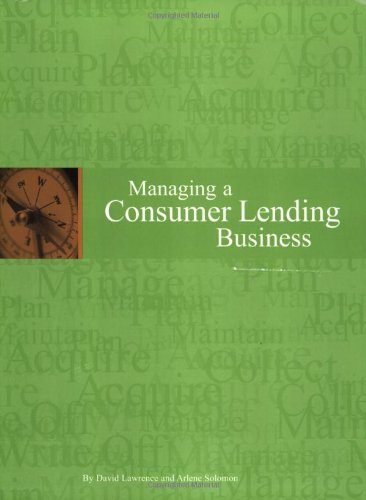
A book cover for Managing a Consumer Lending Business; David Lawrence; Business & Money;